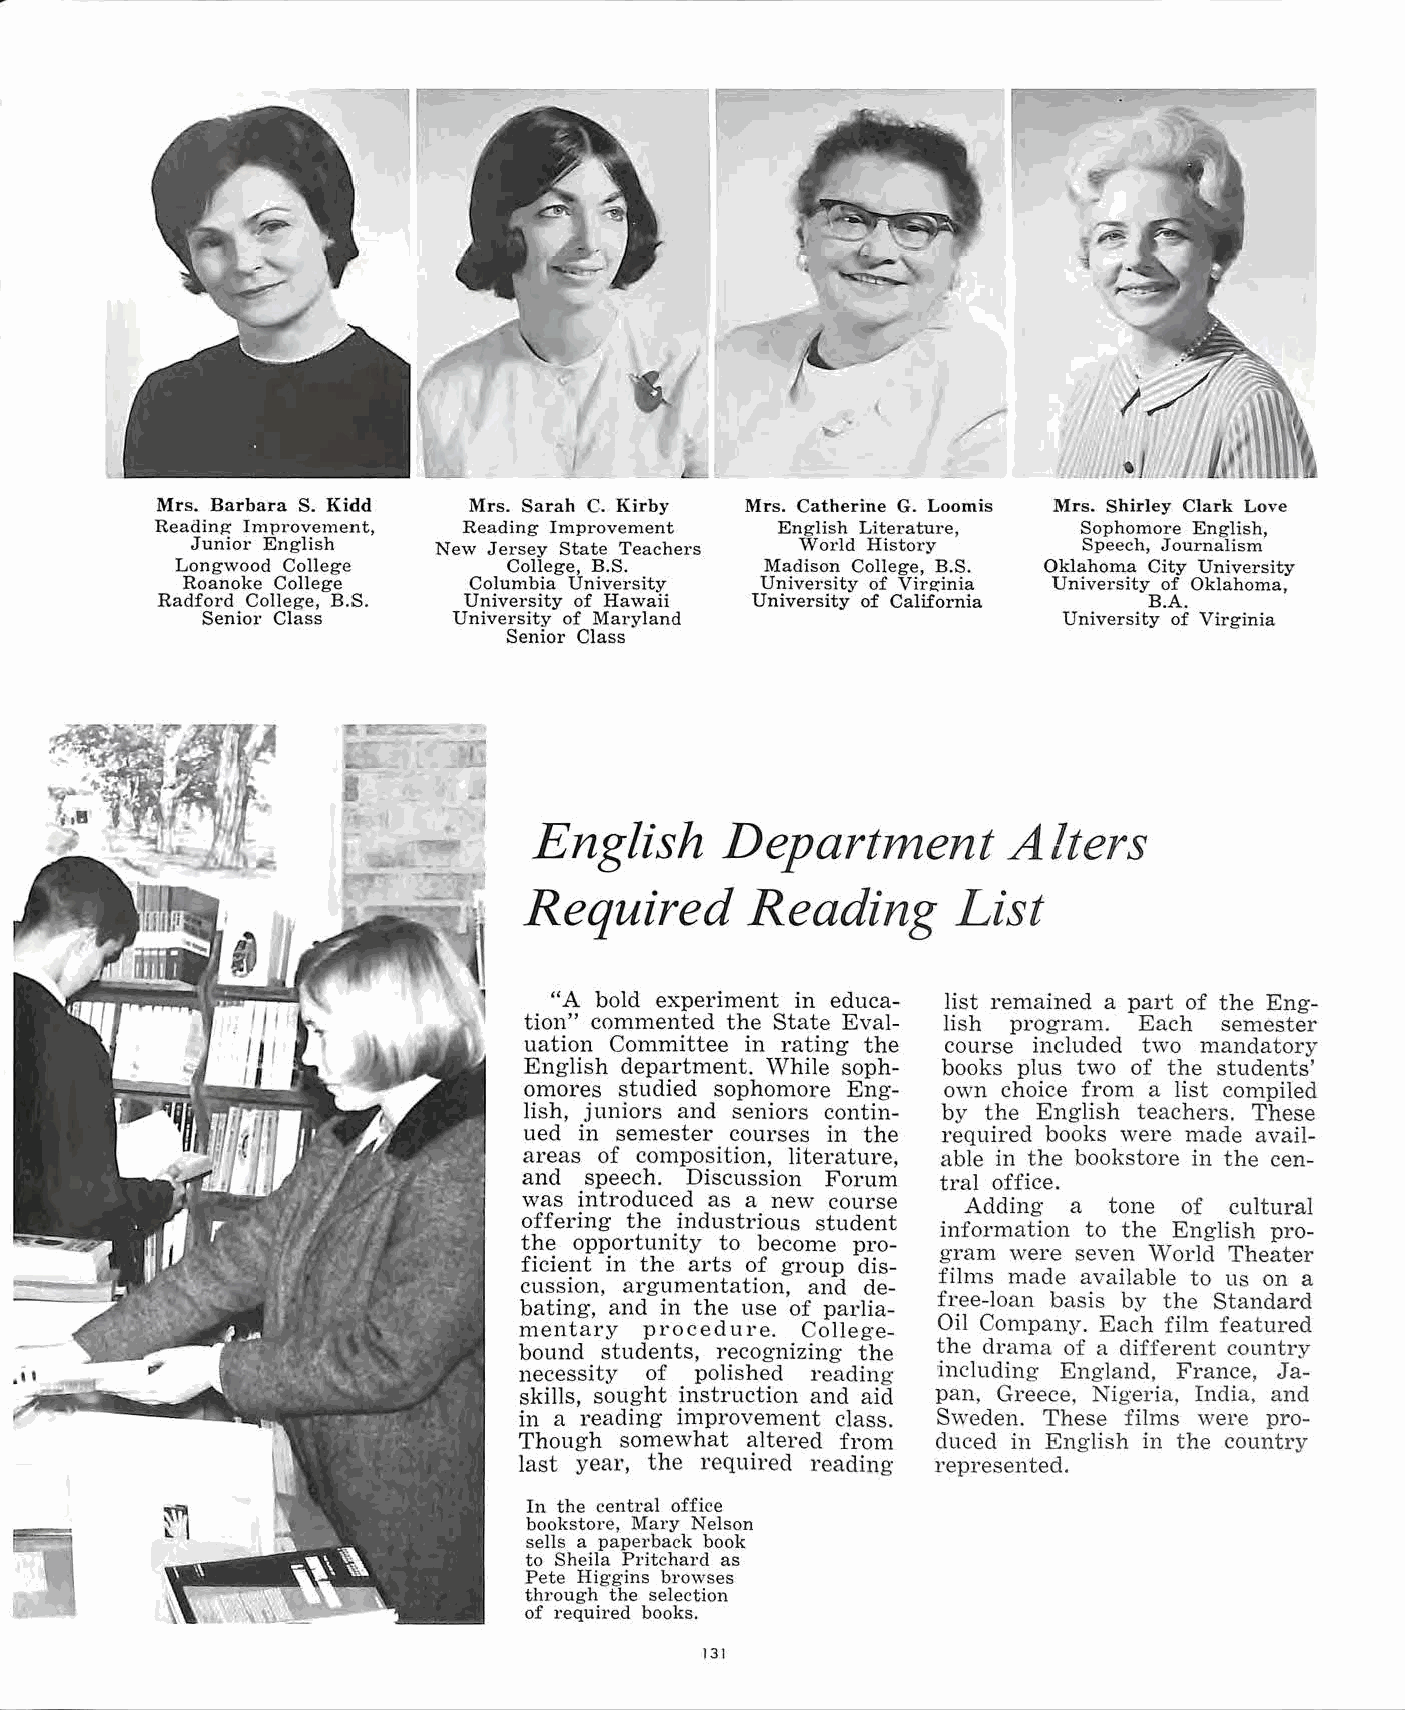
Mrs. Barbara S. Kidd Mrs. Sarah C. Kirby Mrs. Catherine G. Loomis Mrs. Shirley Clark Love
 Reading- Improvement, Reading Improvement English Literature, Sophomore English,
 Junior English  New Jersey State Teachers World History   Speech, Journalism
 Longwood College     College, B.S.     Madison College, B.S. Oklahoma City University
 Roanoke College    Columbia University University of Virginia University of Oklahoma,
 Radford College, B.S. University of Hawaii University of California B.A.
 Senior Class     University of Maryland                  University of Virginia
 Senior Class
 English      Department         Alters
 Required      Reading       List
 "A bold experiment in educa list remained a part of the Eng
 tion" commented the State Eval lish program. Each semester
 uation Committee in rating the course included two mandatory
 English department. While soph books plus two of the students'
 omores studied sophomore Eng own choice from a list compiled
 lish, juniors and seniors contin by the English teachers. These
 ued in semester courses in the required books were made avail
 areas of composition, literature, able in the bookstore in the cen
 and  speech. Discussion Forum tral office.
 was introduced as a new course Adding a tone of cultural
 offering the industrious student
 information to the English p1·0-
 the opportunity to become pro
 gram were seven World Theater
 ficient in the arts of group dis
 films made available to us on a
 cussion, argumentation, and de
 free-loan basis by the Standard
 bating, and in the use of parlia
 mentary  procedure. College Oil Company. Each film featured
 bound students, recog·nizing the the drama of a different country
 necessity of polished reading including England, France, Ja
 skills, sought instruction and aid pan, Greece, Nigeria, India, and
 in a reading improvement class. Sweden. These films were pro
 Though some,:vhat altered from duced in English in the country
 last year, the required reading represented.
 In the central office
 bookstore, Mary Nelson
 sells a paperback book
 to Sheila Pritchard as
 Pete Higgins browses
 through the selection
 of required books.
 131